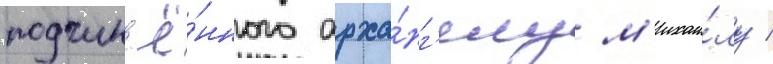
подчин'ё́нного арха́нг'елу м'ихаи́лу /